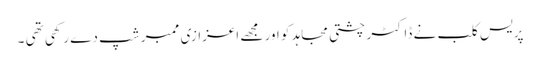
پریس کلب نے ڈاکٹر چشتی مجاہد کو اور مجھے اعزازی ممبر شپ دے رکھی تھی ۔